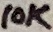
Text: 10K